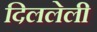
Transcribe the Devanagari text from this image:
दिललेली